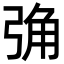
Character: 𢏧